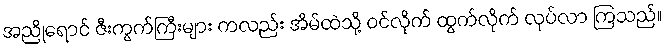
အညိုရောင် ဇီးကွက်ကြီးများ ကလည်း အိမ်ထဲသို့ ဝင်လိုက် ထွက်လိုက် လုပ်လာ ကြသည်။